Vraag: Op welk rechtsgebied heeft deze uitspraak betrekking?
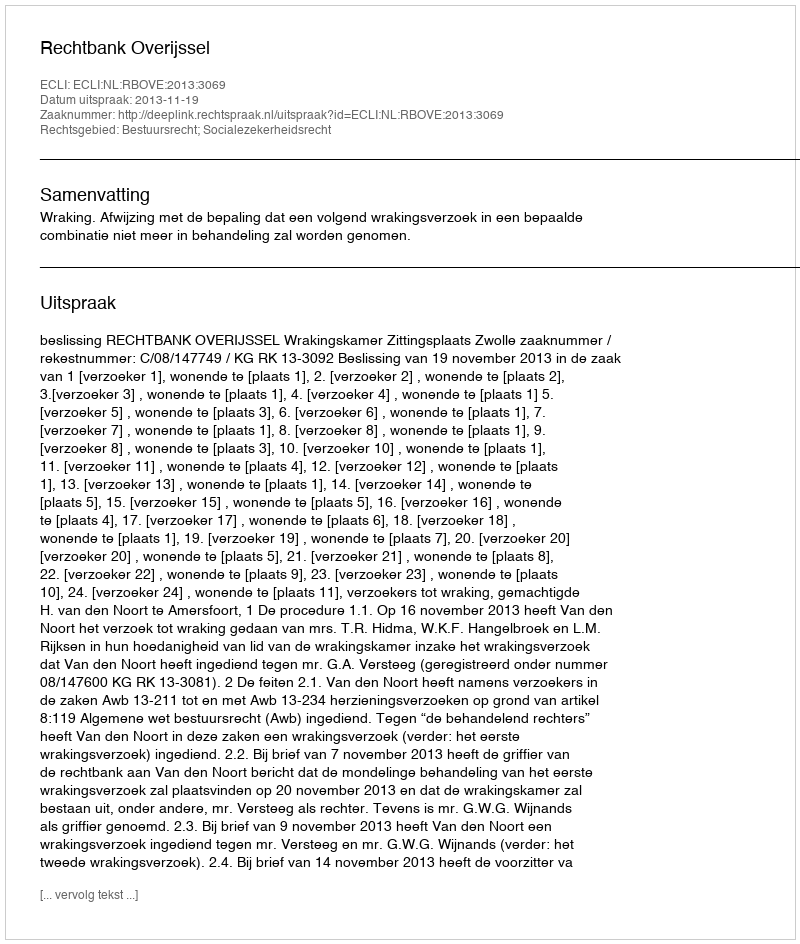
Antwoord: Bestuursrecht; Socialezekerheidsrecht